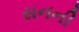
સનની